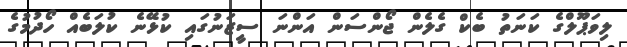
ލިވަޕޫލްގެ ކަނަތު ބެކް ގެލެން ޖޯންސަން އަންނަ ސީޒަނުގައި ކުޅޭނެ ކުލަބެއް ހޯދުމުގެ